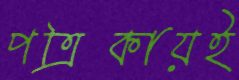
পত্রিকায়ই